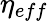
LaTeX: \eta_{eff}